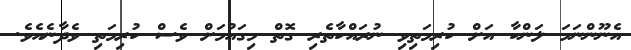
އެނޫންނަމަ ލަންކާ އަށް ކުރިމަތިވި ނުރައްކާތެރި ގޮތް މިގައުމަށް ވެސް ކުރިމަތި ވެދާނެއެވެ.